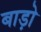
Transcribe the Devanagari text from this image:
बाड़ो